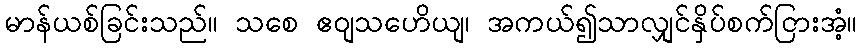
မာန်ယစ်ခြင်းသည်။ သစေ ဧဝျသဟေိယျ၊ အကယ်၍သာလျှင်နှိပ်စက်ငြားအံ့။